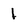
Character: 1